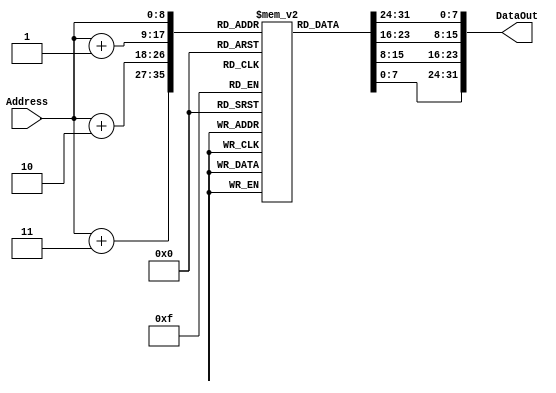
module rom_512x8 (
    input [8:0] Address,
    output reg [31:0] DataOut
);
    reg [7:0] Mem[0:511];       

    always@(Address)            
        DataOut <= {Mem[Address], Mem[Address+1], Mem[Address+2], Mem[Address+3]};
endmodule

// module ram_512x8 (
//     output reg [31:0] DataOut, 
//     input Enable, ReadWrite, SignExtend,
//     input [8:0] Address, 
//     input [31:0] DataIn,
//     input [1:0] Size
//     );

//     reg [7:0] Mem[0:511];
    
//     always @ (*)
//     if (Enable)
//         if (ReadWrite) begin
//             // Writing
//             case (Size)
//                 3'b00:  begin
//                     Mem[Address] <= DataIn[7:0];
//                     $display("%d    %h", Address, DataIn);
//                 end
//                 3'b01: begin
//                     Mem[Address] <= DataIn[15:8];
//                     Mem[Address+1] <= DataIn[7:0];
//                 end
//                 3'b10: begin
//                     Mem[Address] <= DataIn[31:24];
//                     Mem[Address + 1] <= DataIn[23:16];
//                     Mem[Address + 2] <= DataIn[15:8];
//                     Mem[Address + 3] <= DataIn[7:0];
//                  end
//             endcase
//         end
//         else begin
//             // Reading
//             case ({Size, SignExtend})
//                 3'b000: DataOut <= {24'b000000000000000000000000, Mem[Address]};
//                 3'b001: DataOut <= {{24{Mem[Address][7]}}, Mem[Address]};
//                 3'b010: DataOut <= {16'b0000000000000000, Mem[Address], Mem[Address+1]};
//                 3'b011: DataOut <= {{16{Mem[Address][7]}}, Mem[Address], Mem[Address+1]};
//                 default:DataOut <= {Mem[Address], Mem[Address+1], Mem[Address+2], Mem[Address+3]};
//             endcase
//         end
// endmodule




module ram_512x8 (
    output reg [31:0] DataOut, 
    input Enable, ReadWrite, SignExtend,
    input [8:0] Address, 
    input [31:0] DataIn,
    input [1:0] Size
    );

    reg [7:0] Mem[0:511];
    
    always @ (*) begin
    if (Enable)
        if (ReadWrite) begin
            //write
            $display("Storing");
            case (Size)
                2'b00:  begin
                    Mem[Address] <= DataIn[7:0];
                    $display("%d    %h", Address, DataIn);
                end
                2'b01: begin
                    Mem[Address] <= DataIn[15:8];
                    Mem[Address+1] <= DataIn[7:0];
                end
                2'b10: begin
                    Mem[Address] <= DataIn[31:24];
                    Mem[Address + 1] <= DataIn[23:16];
                    Mem[Address + 2] <= DataIn[15:8];
                    Mem[Address + 3] <= DataIn[7:0];
                end
            endcase
        end
        else begin
            $display("Reading");
          
            case ({Size, SignExtend})
                3'b000: DataOut <= {24'b000000000000000000000000, Mem[Address]};
                3'b001: DataOut <= {{24{Mem[Address][7]}}, Mem[Address]};
                3'b010: DataOut <= {16'b0000000000000000, Mem[Address], Mem[Address+1]};
                3'b011: DataOut <= {{16{Mem[Address][15]}}, Mem[Address], Mem[Address+1]};
		default:DataOut <= {Mem[Address], Mem[Address+1], Mem[Address+2], Mem[Address+3]};
            endcase
        end
  
    end
endmodule